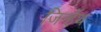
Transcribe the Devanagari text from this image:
जिन्हेंथ